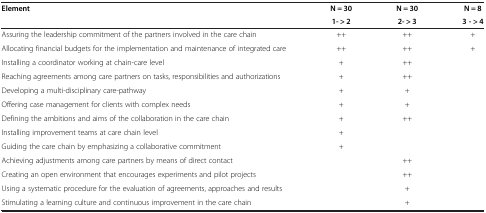
| <ROWSPAN=2> Element | N = 30 | N = 30 | N = 8 |
 | 1- > 2 | 2- > 3 | 3 - > 4 |
 | --- | --- | --- | --- |
 | Assuring the leadership commitment of the partners involved in the care chain | ++ | ++ | + |
 | Allocating financial budgets for the implementation and maintenance of integrated care | ++ | ++ | + |
 | Installing a coordinator working at chain-care level | + | ++ |  |
 | Reaching agreements among care partners on tasks, responsibilities and authorizations | + | ++ |  |
 | Developing a multi-disciplinary care-pathway | + | + |  |
 | Offering case management for clients with complex needs | + | + |  |
 | Defining the ambitions and aims of the collaboration in the care chain | + | ++ |  |
 | Installing improvement teams at care chain level | + |  |  |
 | Guiding the care chain by emphasizing a collaborative commitment | + |  |  |
 | Achieving adjustments among care partners by means of direct contact |  | ++ |  |
 | Creating an open environment that encourages experiments and pilot projects |  | ++ |  |
 | Using a systematic procedure for the evaluation of agreements, approaches and results |  | + |  |
 | Stimulating a learning culture and continuous improvement in the care chain |  | + |  |